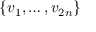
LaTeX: \{ v _ { 1 } , \ldots , v _ { 2 n } \}